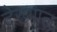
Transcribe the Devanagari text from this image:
देख्भाल